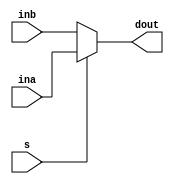
module mux(ina, inb, dout, s);
  input [31:0] ina;
  input [31:0] inb;
  input s;
  output [31:0] dout;
  
  assign dout = s ? ina : inb;
  
endmodule